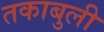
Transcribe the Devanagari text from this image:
तकाबुली